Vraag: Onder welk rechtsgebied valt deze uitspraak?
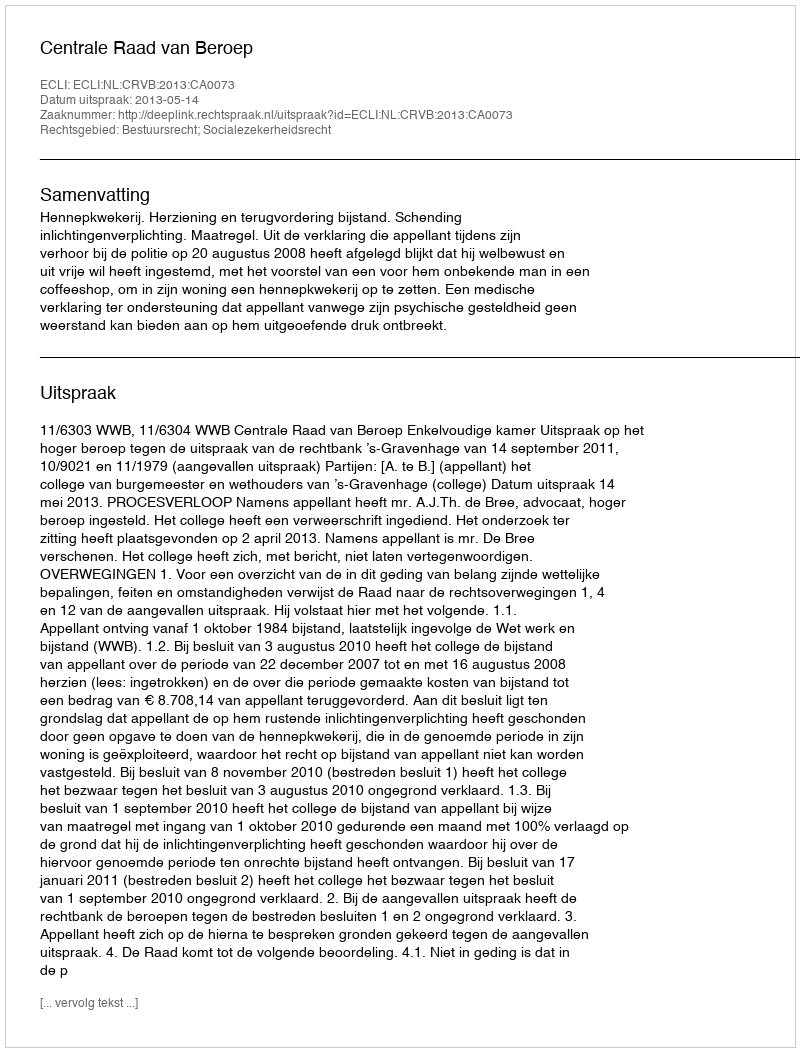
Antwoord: Bestuursrecht; Socialezekerheidsrecht